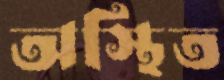
অস্থিত